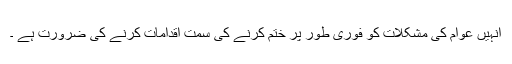
انہیں عوام کی مشکلات کو فوری طور پر ختم کرنے کی سمت اقدامات کرنے کی ضرورت ہے ۔